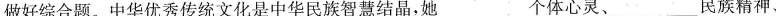
做好综合题。中华优秀传统文化是中华民族智慧结晶，她___个体心灵、___民族精神、